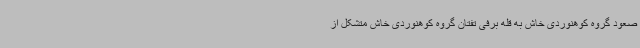
صعود گروه کوهنوردی خاش به قله برفی تفتان گروه کوهنوردی خاش متشکل از